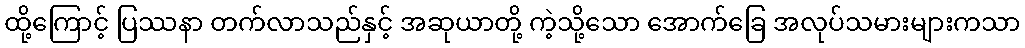
ထို့ကြောင့် ပြဿနာ တက်လာသည်နှင့် အဆုယာတို့ ကဲ့သို့သော အောက်ခြေ အလုပ်သမားများကသာ